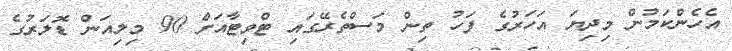
އެހެންކަމުން މިދިޔަ އަހަރުގެ ފަހު ތިން މަސްތެރޭގައި ޓްވިޓާއަށް 90 މިލިއަން ޑޮލަރުގެ